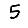
Digit: 5